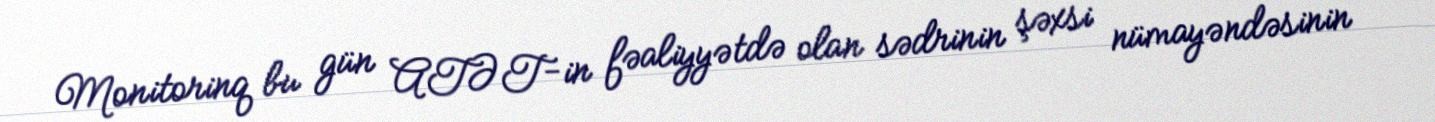
Monitorinq bu gün ATƏT-in fəaliyyətdə olan sədrinin şəxsi nümayəndəsinin